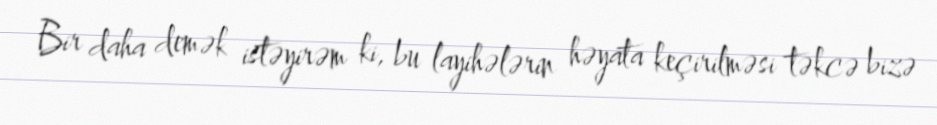
Bir daha demək istəyirəm ki, bu layihələrin həyata keçirilməsi təkcə bizə